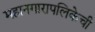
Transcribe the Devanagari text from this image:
महानगारापलिकेची